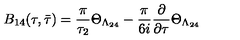
B _ { 1 4 } ( \tau , \bar { \tau } ) = \frac { \pi } { \tau _ { 2 } } \Theta _ { \Lambda _ { 2 4 } } - \frac { \pi } { 6 i } \frac { \partial } { \partial \tau } \Theta _ { \Lambda _ { 2 4 } }